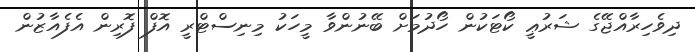
ދިވެހިރާއްޖޭގެ ޝަރުޢީ ކޯޓަކުން ހޯދުމަށް ބޭނުންވާ މީހަކު މިނިސްޓްރީ އޮފް ފޮރިން އެފެއާޒުން